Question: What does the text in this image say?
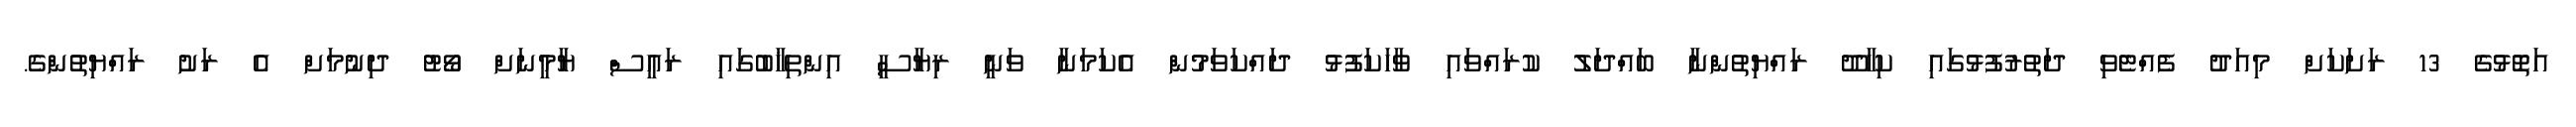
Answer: އަތޮޅުގެ 13 ރަށަކަށް މިއަދު ފެއްޓެވި ދަތުރުފުޅުގައި ކިހާދޫ ރައްޔިތުންނާ ބައްދަލު ކުރައްވައި ވާހަކަފުޅު ދައްކަވަމުން އެކަމަނާ ވަނީ ރިޔާސީ އިންތިޚާބުގައި ރައީސް ޔާމީނަށް ވޯޓު ދިނުމަށް އެ ރަށު ރައްޔިތުންގެ.